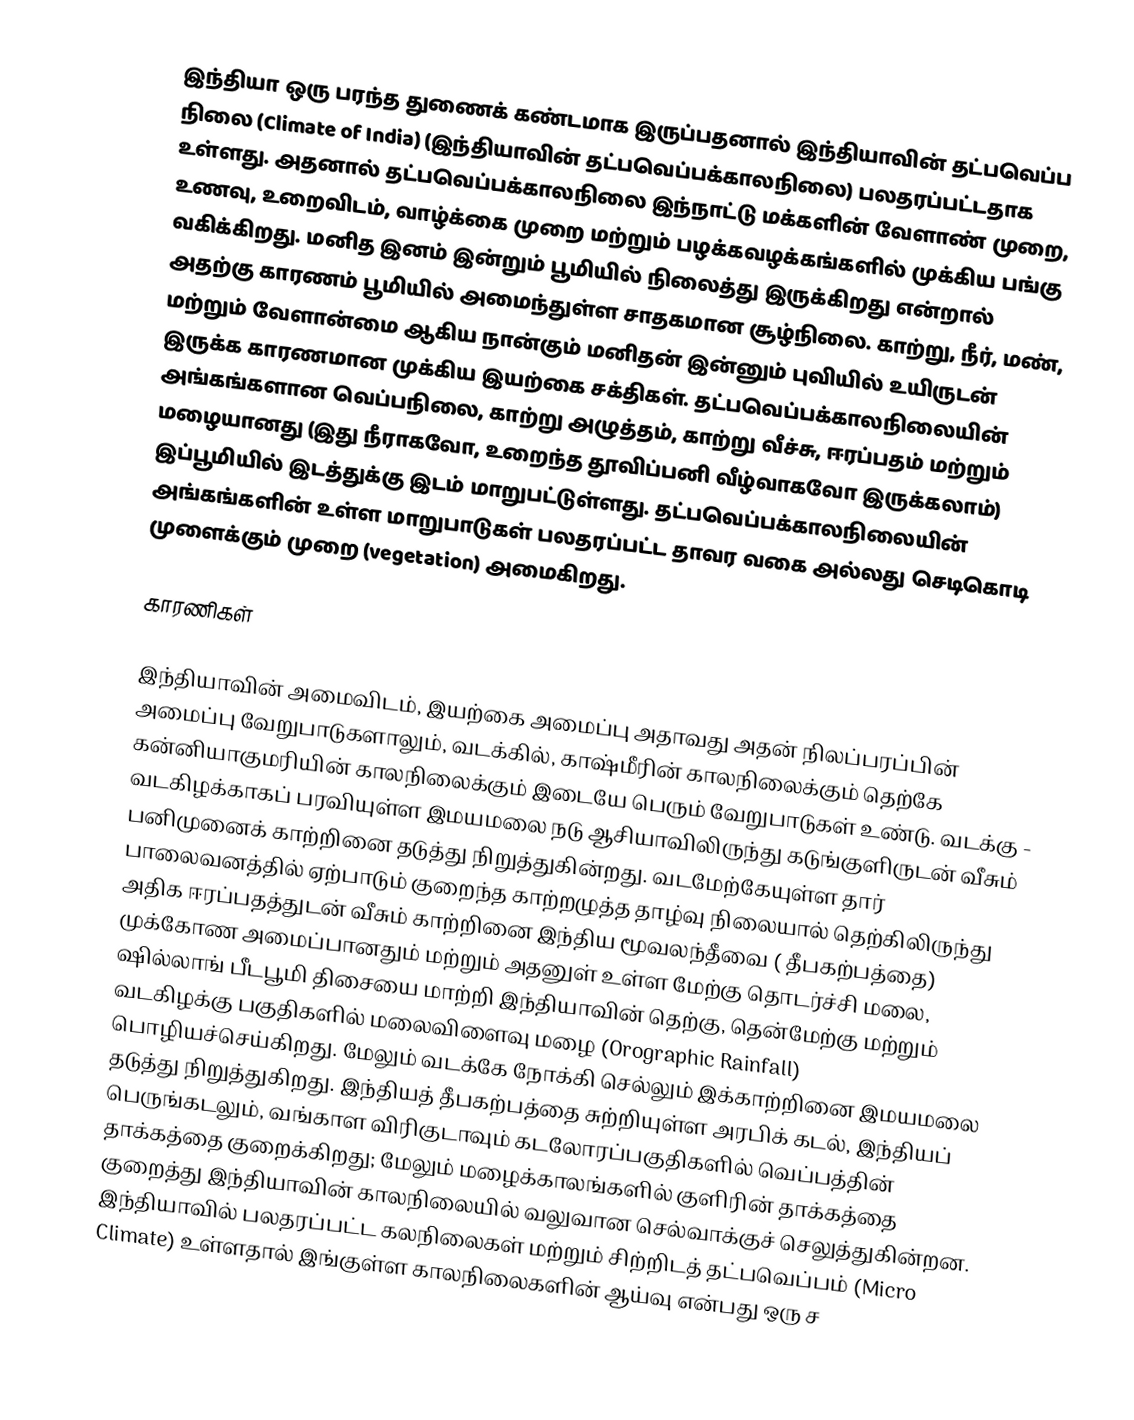
இந்தியா ஒரு பரந்த துணைக் கண்டமாக இருப்பதனால் இந்தியாவின் தட்பவெப்ப நிலை (Climate of India) (இந்தியாவின் தட்பவெப்பக்காலநிலை) பலதரப்பட்டதாக உள்ளது. அதனால்  தட்பவெப்பக்காலநிலை இந்நாட்டு மக்களின் வேளாண் முறை, உணவு, உறைவிடம், வாழ்க்கை முறை மற்றும் பழக்கவழக்கங்களில் முக்கிய பங்கு வகிக்கிறது. மனித இனம் இன்றும் பூமியில் நிலைத்து இருக்கிறது என்றால் அதற்கு காரணம் பூமியில் அமைந்துள்ள சாதகமான சூழ்நிலை.  காற்று, நீர், மண், மற்றும் வேளான்மை ஆகிய நான்கும் மனிதன் இன்னும் புவியில் உயிருடன் இருக்க காரணமான முக்கிய இயற்கை சக்திகள்.  தட்பவெப்பக்காலநிலையின் அங்கங்களான வெப்பநிலை, காற்று அழுத்தம், காற்று வீச்சு, ஈரப்பதம் மற்றும் மழையானது (இது நீராகவோ, உறைந்த தூவிப்பனி வீழ்வாகவோ இருக்கலாம்) இப்பூமியில் இடத்துக்கு இடம் மாறுபட்டுள்ளது.  தட்பவெப்பக்காலநிலையின் அங்கங்களின் உள்ள மாறுபாடுகள் பலதரப்பட்ட தாவர வகை அல்லது செடிகொடி முளைக்கும் முறை (vegetation) அமைகிறது.

காரணிகள்

இந்தியாவின் அமைவிடம், இயற்கை அமைப்பு அதாவது அதன் நிலப்பரப்பின் அமைப்பு  வேறுபாடுகளாலும், வடக்கில், காஷ்மீரின் காலநிலைக்கும் தெற்கே கன்னியாகுமரியின் காலநிலைக்கும் இடையே பெரும் வேறுபாடுகள் உண்டு. வடக்கு - வடகிழக்காகப் பரவியுள்ள இமயமலை நடு ஆசியாவிலிருந்து  கடுங்குளிருடன் வீசும் பனிமுனைக் காற்றினை தடுத்து நிறுத்துகின்றது. வடமேற்கேயுள்ள தார் பாலைவனத்தில் ஏற்பாடும் குறைந்த காற்றழுத்த தாழ்வு நிலையால் தெற்கிலிருந்து அதிக ஈரப்பதத்துடன் வீசும் காற்றினை இந்திய மூவலந்தீவை ( தீபகற்பத்தை) முக்கோண அமைப்பானதும் மற்றும் அதனுள் உள்ள மேற்கு தொடர்ச்சி மலை, ஷில்லாங் பீடபூமி திசையை மாற்றி இந்தியாவின் தெற்கு, தென்மேற்கு மற்றும் வடகிழக்கு பகுதிகளில் மலைவிளைவு மழை (Orographic Rainfall) பொழியச்செய்கிறது. மேலும் வடக்கே நோக்கி செல்லும் இக்காற்றினை இமயமலை தடுத்து நிறுத்துகிறது. இந்தியத் தீபகற்பத்தை சுற்றியுள்ள அரபிக் கடல், இந்தியப் பெருங்கடலும், வங்காள விரிகுடாவும் கடலோரப்பகுதிகளில் வெப்பத்தின் தாக்கத்தை குறைக்கிறது; மேலும் மழைக்காலங்களில் குளிரின் தாக்கத்தை குறைத்து இந்தியாவின் காலநிலையில் வலுவான செல்வாக்குச் செலுத்துகின்றன. இந்தியாவில் பலதரப்பட்ட கலநிலைகள் மற்றும் சிற்றிடத் தட்பவெப்பம் (Micro Climate) உள்ளதால் இங்குள்ள காலநிலைகளின் ஆய்வு என்பது ஒரு ச